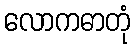
လောကဓာတုံ